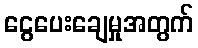
ငွေပေးချေမှုအတွက်